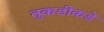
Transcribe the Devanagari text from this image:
तुकडीकडे